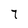
Character: 7